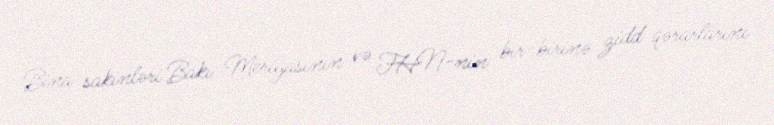
Bina sakinləri Bakı Meriyasının və FHN-nin bir-birinə zidd qərarlarını